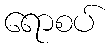
ရောစပ်